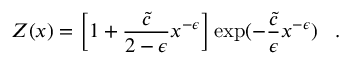
{ \cal Z } ( x ) = \left[ 1 + { \frac { \tilde { c } } { 2 - \epsilon } } x ^ { - \epsilon } \right] \exp ( - { \frac { \tilde { c } } { \epsilon } } x ^ { - \epsilon } ) \; \; \; .